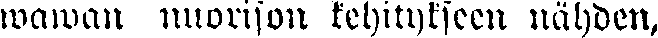
wawan nuorison kehitykseen nähden,